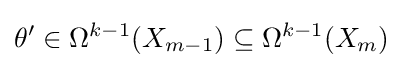
\theta ^{\prime }\in \Omega ^{k-1}(X_{m-1})\subseteq \Omega ^{k-1}(X_{m})